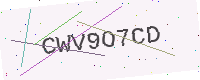
Text: CWV9O7CD